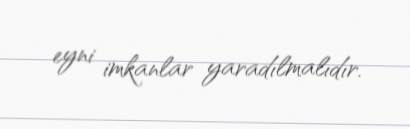
eyni imkanlar yaradılmalıdır.